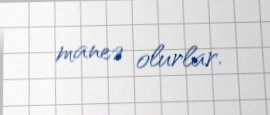
maneə olurlar.